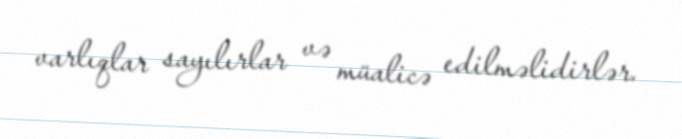
varlıqlar sayılırlar və müalicə edilməlidirlər.